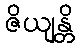
ဇိယျန္တိ